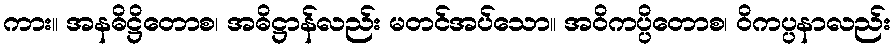
ကား။ အနဓိဋ္ဌိတောစ၊ အဓိဋ္ဌာန်လည်း မတင်အပ်သော။ အဝိကပ္ပိတောစ၊ ဝိကပ္ပနာလည်း